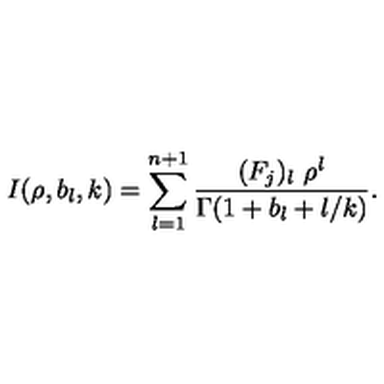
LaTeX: I ( \rho , b _ { l } , k ) = \sum _ { l = 1 } ^ { n + 1 } \frac { ( F _ { j } ) _ { l } \ \rho ^ { l } } { \Gamma ( 1 + b _ { l } + l / k ) } .